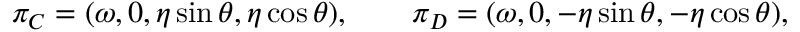
\pi _ { C } = ( \omega , 0 , \eta \sin \theta , \eta \cos \theta ) , \qquad \pi _ { D } = ( \omega , 0 , - \eta \sin \theta , - \eta \cos \theta ) ,